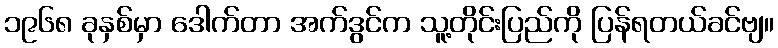
၁၉၆၈ ခုနှစ်မှာ ဒေါက်တာ အက်ဒွင်က သူ့တိုင်းပြည်ကို ပြန်ရတယ်ခင်ဗျ။